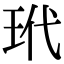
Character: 玳